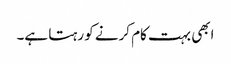
ابھی بہت کام کرنے کو رہتا ہے۔